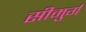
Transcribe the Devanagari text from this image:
सीमुर्ग